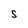
Character: S